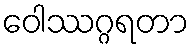
ဝေါဿဂ္ဂရတာ